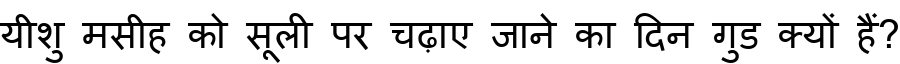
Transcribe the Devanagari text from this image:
यीशु मसीह को सूली पर चढ़ाए जाने का दिन गुड क्यों हैं?